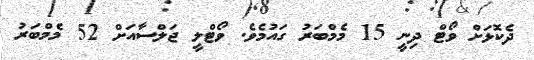
ދެކޮޅަށް ވޯޓް ދިނީ 15 މެމްބަރު ގައުމެވެ. ވޯޓްލީ ޖަލްސާއަށް 52 މެމްބަރު